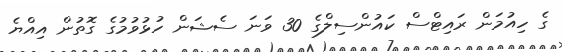
ގެ ހިއުމަން ރައިޓްސް ކައުންސިލްގެ 30 ވަނަ ސެޝަން ހުޅުވުމުގެ ގޮތުން އިއްޔެ